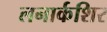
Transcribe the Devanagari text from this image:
लनार्कशिर